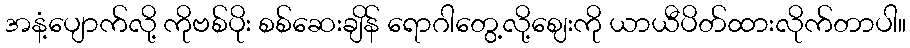
အနံ့ပျောက်လို့ ကိုဗစ်ပိုး စစ်ဆေးချိန် ရောဂါတွေ့လို့ဈေးကို ယာယီပိတ်ထားလိုက်တာပါ။